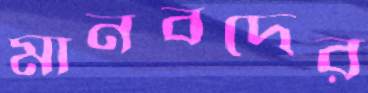
মানবদের